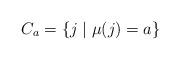
LaTeX: \begin{align*}C_a = \{j \mid \mu(j) = a \}\end{align*}